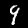
Label: 9